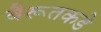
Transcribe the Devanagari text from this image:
बैरूतकडे